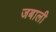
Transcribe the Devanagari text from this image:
जबाली